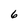
Character: 6